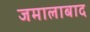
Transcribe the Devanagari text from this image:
जमालाबाद